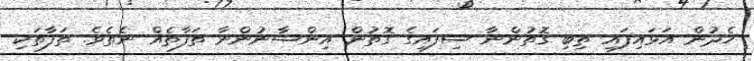
ހެދުން އަޅައިފައި ތިބި ގޮތުންނާ ސިފައިގެ ގޮތުން އިންސާނުންނާ ތަފާތެއް ނެތެވެ. ތަފާތަކި